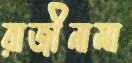
রাজীনামা